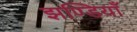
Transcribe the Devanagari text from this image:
झण्डियाँ